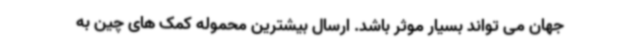
جهان می تواند بسیار موثر باشد. ارسال بیشترین محموله کمک های چین به